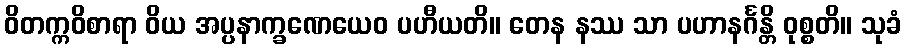
ဝိတက္ကဝိစာရာ ဝိယ အပ္ပနာက္ခဏေယေဝ ပဟီယတိ။ တေန နဿ သာ ပဟာနင်္ဂန္တိ ဝုစ္စတိ။ သုခံ